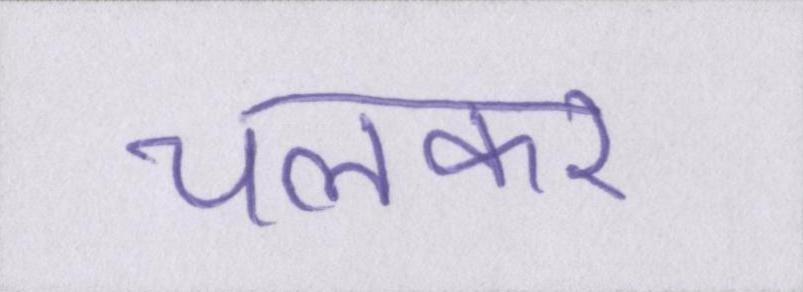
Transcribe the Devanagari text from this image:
चलकर